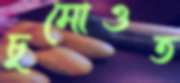
চুমোওত